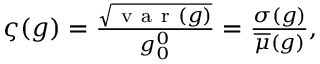
\begin{array} { r } { \varsigma ( g ) = \frac { \sqrt { \mathrm { ~ v ~ a ~ r ~ } ( g ) } } { g _ { 0 } ^ { 0 } } = \frac { \sigma ( g ) } { \overline { { \mu } } ( g ) } , } \end{array}